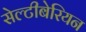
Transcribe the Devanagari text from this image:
सेल्टीबेरियन